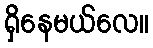
ရှိနေမယ်လေ။